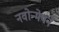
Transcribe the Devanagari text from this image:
नवोन्मेषने